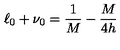
\ell _ { 0 } + \nu _ { 0 } = \frac { 1 } { M } - \frac { M } { 4 h }